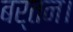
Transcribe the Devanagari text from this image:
बर्तन।